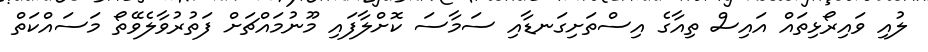
ލުއި ވައިރޯޅިތައް އައިސް ތިއާގެ އިސްތަށިގަނޑާއި ސަމާސަ ކޮށްލާފައި މޫނުމައްޗަށް ފަތުރުވާލެވޭތޯ މަސައްކަތް